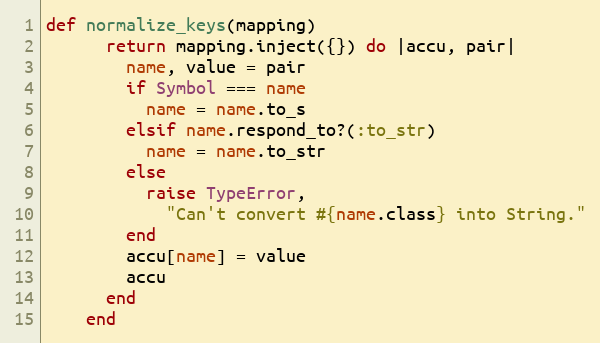
Language: Ruby
def normalize_keys(mapping)
      return mapping.inject({}) do |accu, pair|
        name, value = pair
        if Symbol === name
          name = name.to_s
        elsif name.respond_to?(:to_str)
          name = name.to_str
        else
          raise TypeError,
            "Can't convert #{name.class} into String."
        end
        accu[name] = value
        accu
      end
    end